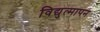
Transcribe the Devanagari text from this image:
विद्युत्‌मापन